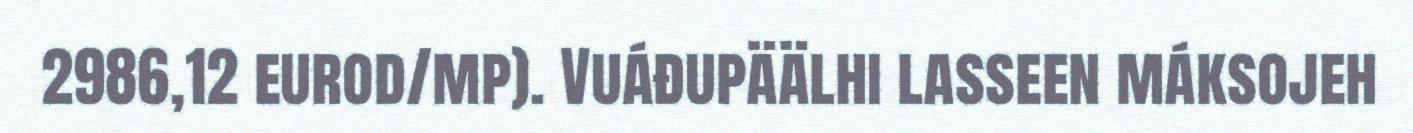
2986,12 eurod/mp). Vuáđupäälhi lasseen máksojeh